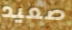
صعيد